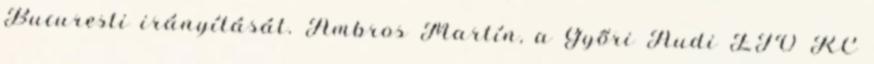
Bucuresti irányítását. Ambros Martín, a Győri Audi ETO KC